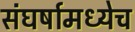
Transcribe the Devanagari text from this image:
संघर्षामध्येच